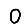
Digit: 0